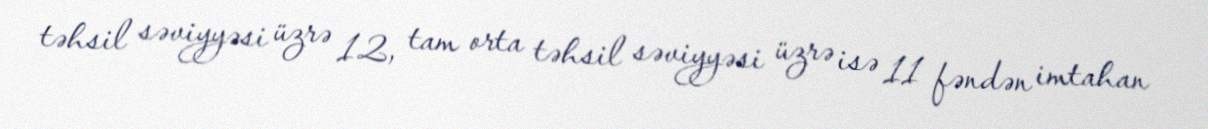
təhsil səviyyəsi üzrə 12, tam orta təhsil səviyyəsi üzrə isə 11 fəndən imtahan